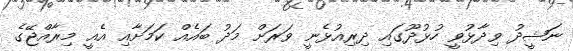
ނަޝީދު ވިދާޅުވީ ހުޅުދޫގައި ދިރިއުޅެނީ ވަރަށް މަދު ބައެއް ކަމަށާއި އެއީ މިރާއްޖޭގެ